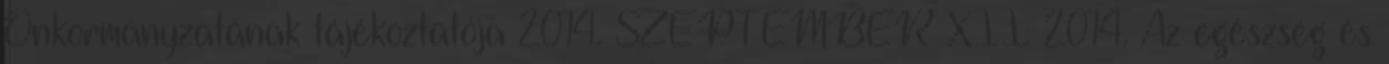
Önkormányzatának tájékoztatója 2014. SZEPTEMBER XII. 2014. Az egészség és